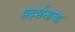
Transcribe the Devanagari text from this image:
प्रदर्शनाचा